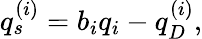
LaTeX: q_{s}^{(i)}=b_{i}q_{i}-q_{D}^{(i)},